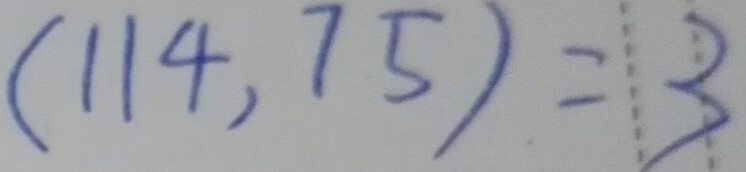
( 1 1 4 , 7 5 ) = 3